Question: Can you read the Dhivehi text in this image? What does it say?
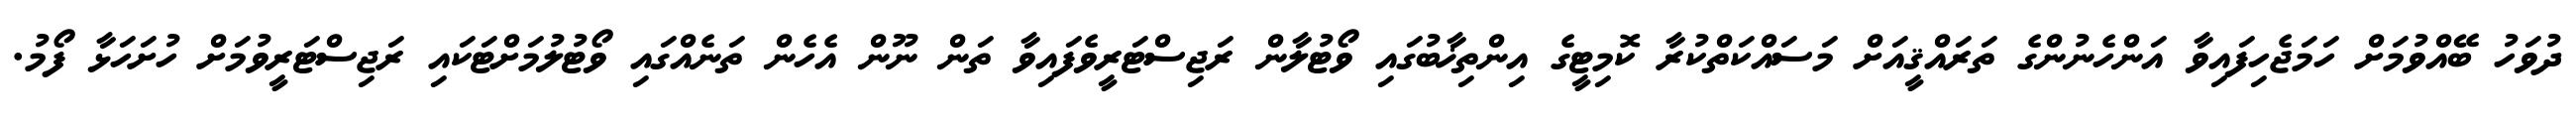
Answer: ދުވަހު ބޭއްވުމަށް ހަމަޖެހިފައިވާ އަންހެނުންގެ ތަރައްޤީއަށް މަސައްކަތްކުރާ ކޮމިޓީގެ އިންތިޚާބުގައި ވޯޓުލާން ރަޖިސްޓަރީވެފައިވާ ތަން ނޫން އެހެން ތަނެއްގައި ވޯޓުލުމަށްޓަކައި ރަޖިސްޓަރީވުމަށް ހުށަހަޅާ ފޯމު.